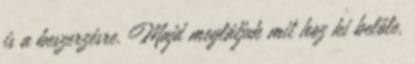
is a beszerzésre. Majd meglátjuk mit hoz ki belőle.